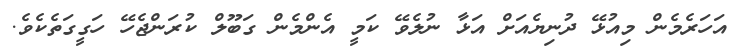
އަހަރެމެން މިއުޅޭ ދުނިޔެއަށް އަޅާ ނުލެވޭ ކަމީ އެންމެން ގަބޫލް ކުރަންޖެހޭ ހަގީގަތެކެވެ.